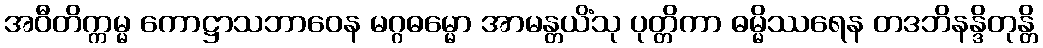
အဝီတိက္ကမ္မ ကောဋ္ဌာသဘာဝေန မဂ္ဂဓမ္မော အာမန္တယိံသု ပုတ္တိကာ ဓမ္မိဿရေန တဒဘိနန္ဒိတုန္တိ